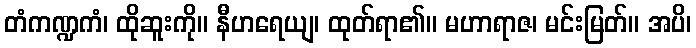
တံကဏ္ဍကံ၊ ထိုဆူးကို။ နီဟရေယျ၊ ထုတ်ရာ၏။ မဟာရာဇ၊ မင်းမြတ်။ အပိ၊